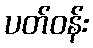
ပတ်ဝန်း